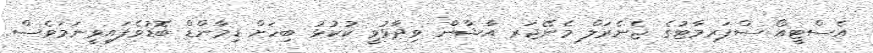
އެސްޓީއޯ ސްޕަރމާޓުގެ ޖެނެރަލް މެނޭޖަރ އާޝާން ވިދާޅުވީ ކުކުޅު ބިހަށް ޑިމާންޑް ބޮޑުވެފައިވީނަމަވެސް